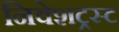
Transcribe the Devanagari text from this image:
निवेशट्रस्ट